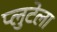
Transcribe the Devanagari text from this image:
प्लुटेला